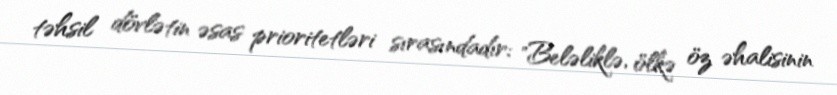
təhsil dövlətin əsas prioritetləri sırasındadır: "Beləliklə, ölkə öz əhalisinin